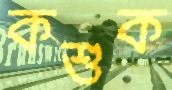
কশুক